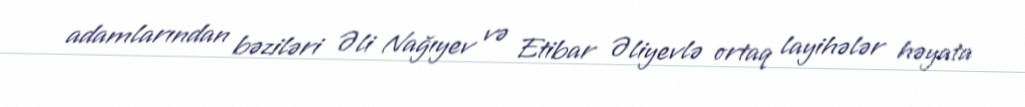
adamlarından bəziləri Əli Nağıyev və Etibar Əliyevlə ortaq layihələr həyata